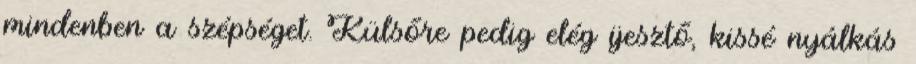
mindenben a szépséget. Külsőre pedig elég ijesztő, kissé nyálkás